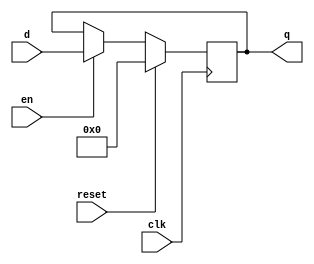
`timescale 1ns / 1ps


module dff(clk , reset , en , d , q);

    parameter DATA_WIDTH = 8;

    input clk;
    input reset;
    input en;
    input signed [DATA_WIDTH-1:0] d;
    output reg signed [DATA_WIDTH-1:0] q;
    
    
    always@(posedge clk)
    begin
    
        if(reset)
        begin
        
            q <= 0;
        
        end
        
        else if(en)
        begin
            
            q <= d;
            
        end
        
        else
        begin
        
            q <= q;
        
        end
    
    end
    
endmodule